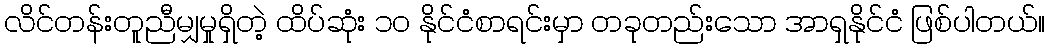
လိင်တန်းတူညီမျှမှုရှိတဲ့ ထိပ်ဆုံး ၁၀ နိုင်ငံစာရင်းမှာ တခုတည်းသော အာရှနိုင်ငံ ဖြစ်ပါတယ်။